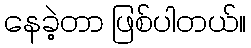
နေခဲ့တာ ဖြစ်ပါတယ်။